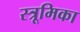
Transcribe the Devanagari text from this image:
स्त्रूमिका